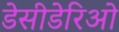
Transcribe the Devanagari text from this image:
डेसीडेरिओ